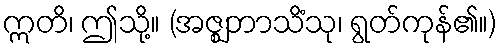
ဣတိ၊ ဤသို့။ (အဇ္ဈဘာသိံသု၊ ရွတ်ကုန်၏။)